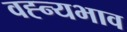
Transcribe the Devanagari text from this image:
वह्न्यभाव